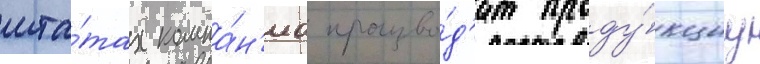
шта́тах компа́н'иа произво́д'ит проду́кциу